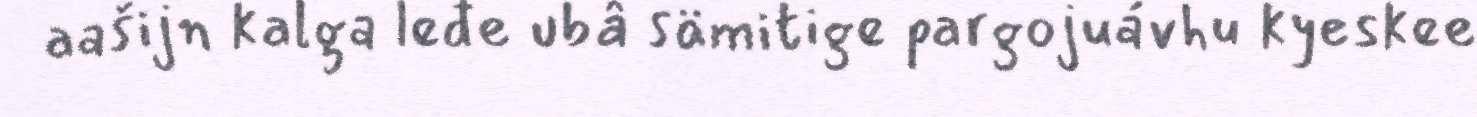
aašijn kalga leđe ubâ sämitige pargojuávhu kyeskee